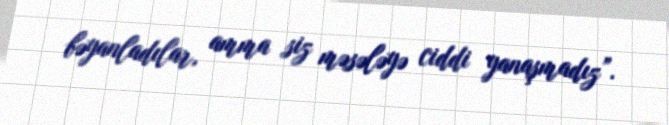
bəyanladılar, amma siz məsələyə ciddi yanaşmadız”.